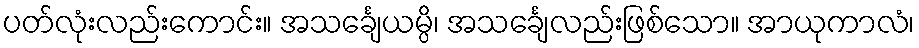
ပတ်လုံးလည်းကောင်း။ အသင်္ချေယမ္ပိ၊ အသင်္ချေလည်းဖြစ်သော။ အာယုကာလံ၊